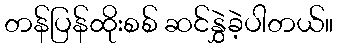
တန်ပြန်ထိုးစစ် ဆင်နွှဲခဲ့ပါတယ်။